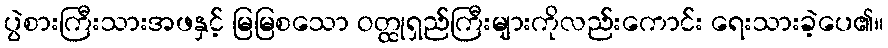
ပွဲစားကြီးသားအဖနှင့် မြမြစသော ဝတ္ထုရှည်ကြီးများကိုလည်းကောင်း ရေးသားခဲ့ပေ၏။